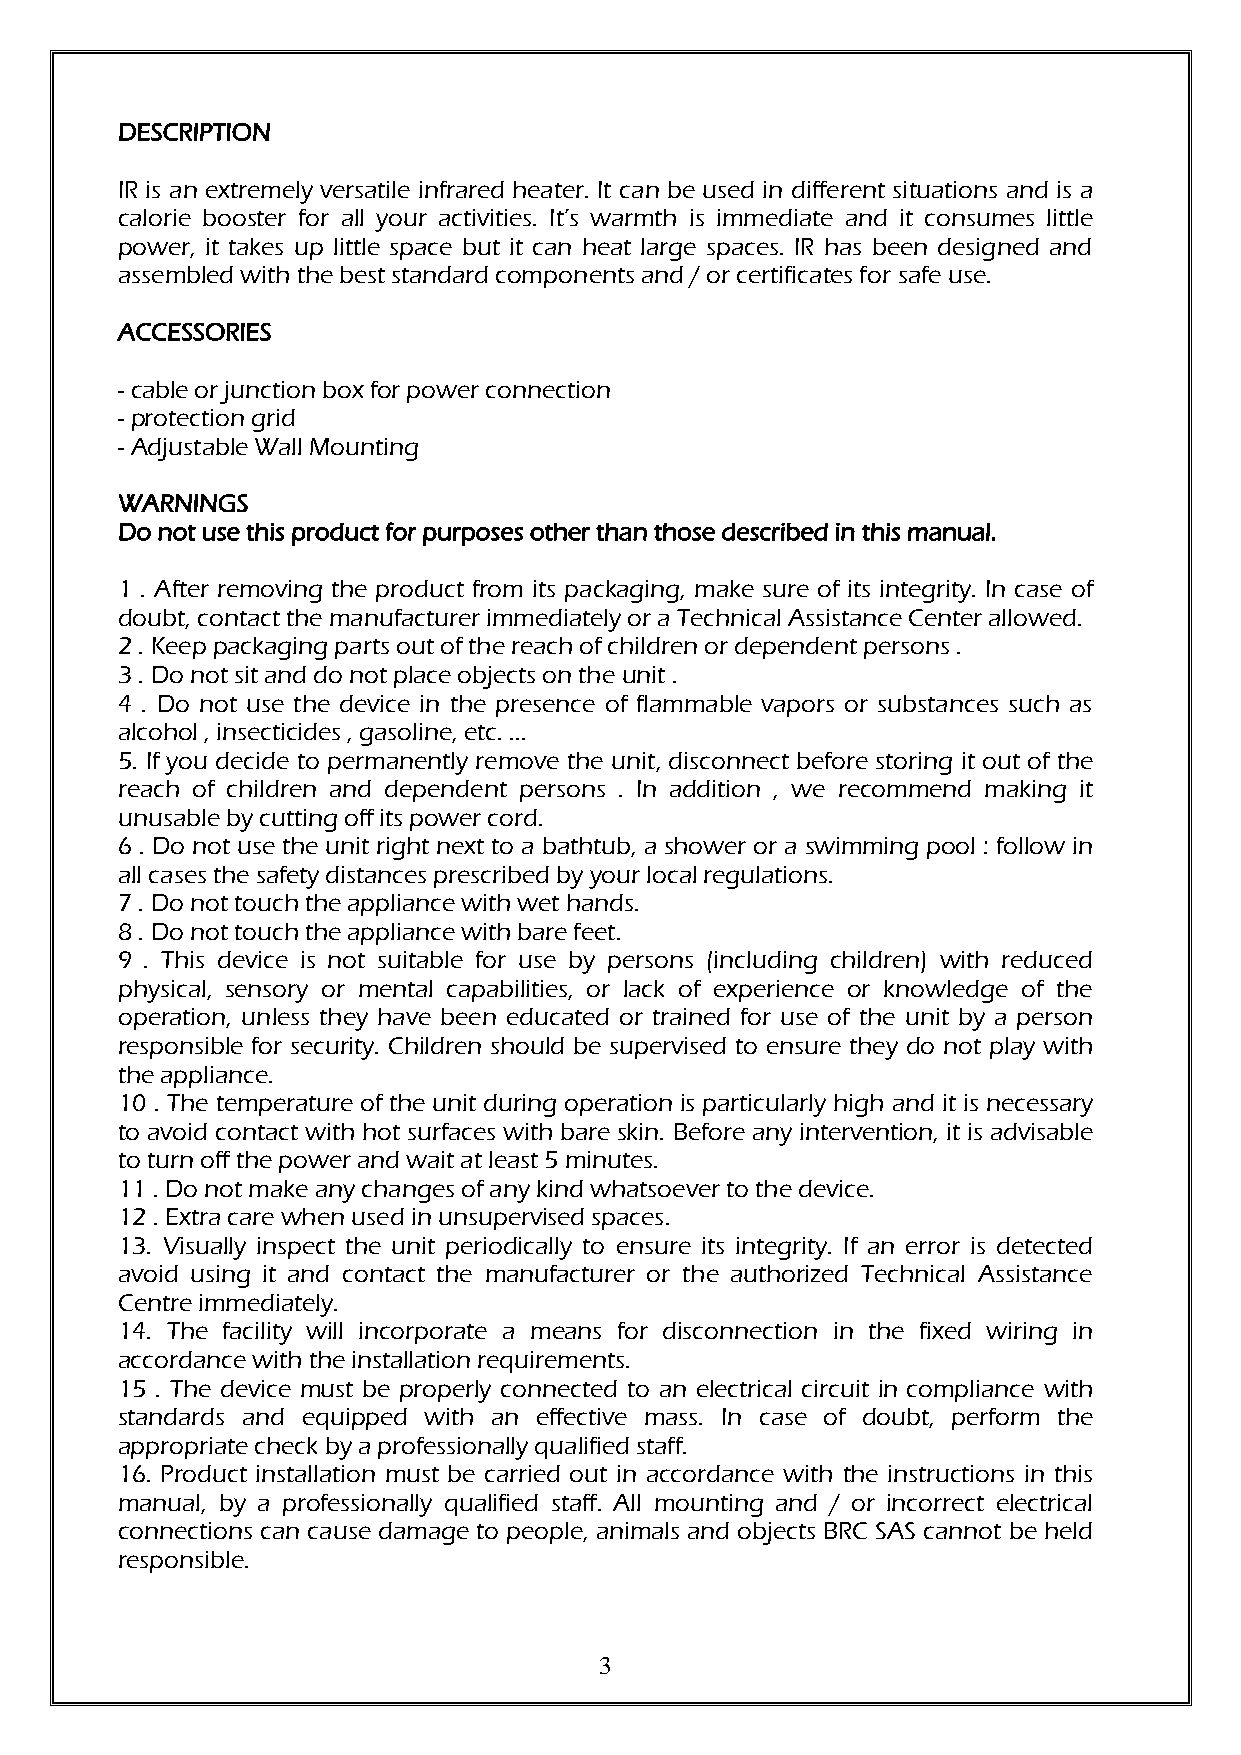
DESCRIPTION
 IR is an extremely versatile infrared heater. It can be used in different situations and is a
 calorie booster for all your activities. It’s warmth is immediate and it consumes little
 power, it takes up little space but it can heat large spaces. IR has been designed and
 assembled with the best standard components and / or certificates for safe use.
 ACCESSORIES
 - cable or junction box for power connection
 - protection grid
 - Adjustable Wall Mounting
 WARNINGS
 Do not use this product for purposes other than those described in this manual.
 1 . After removing the product from its packaging, make sure of its integrity. In case of
 doubt, contact the manufacturer immediately or a Technical Assistance Center allowed.
 2 . Keep packaging parts out of the reach of children or dependent persons .
 3 . Do not sit and do not place objects on the unit .
 4 . Do not use the device in the presence of flammable vapors or substances such as
 alcohol , insecticides , gasoline, etc. ...
 5. If you decide to permanently remove the unit, disconnect before storing it out of the
 reach of children and dependent persons . In addition , we recommend making it
 unusable by cutting off its power cord.
 6 . Do not use the unit right next to a bathtub, a shower or a swimming pool : follow in
 all cases the safety distances prescribed by your local regulations.
 7 . Do not touch the appliance with wet hands.
 8 . Do not touch the appliance with bare feet.
 9 . This device is not suitable for use by persons (including children) with reduced
 physical, sensory or mental capabilities, or lack of experience or knowledge of the
 operation, unless they have been educated or trained for use of the unit by a person
 responsible for security. Children should be supervised to ensure they do not play with
 the appliance.
 10 . The temperature of the unit during operation is particularly high and it is necessary
 to avoid contact with hot surfaces with bare skin. Before any intervention, it is advisable
 to turn off the power and wait at least 5 minutes.
 11 . Do not make any changes of any kind whatsoever to the device.
 12 . Extra care when used in unsupervised spaces.
 13. Visually inspect the unit periodically to ensure its integrity. If an error is detected
 avoid using it and contact the manufacturer or the authorized Technical Assistance
 Centre immediately.
 14. The facility will incorporate a means for disconnection in the fixed wiring in
 accordance with the installation requirements.
 15 . The device must be properly connected to an electrical circuit in compliance with
 standards and equipped with an effective mass. In case of doubt, perform the
 appropriate check by a professionally qualified staff.
 16. Product installation must be carried out in accordance with the instructions in this
 manual, by a professionally qualified staff. All mounting and / or incorrect electrical
 connections can cause damage to people, animals and objects BRC SAS cannot be held
 responsible.
 3